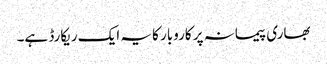
بھاری پیمانہ پر کاروبار کا یہ ایک ریکارڈ ہے۔